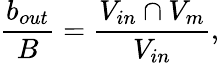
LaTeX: \frac{b_{out}}{B}=\frac{V_{in}\cap V_{m}}{V_{in}},